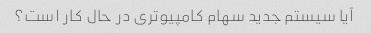
آیا سیستم جدید سهام کامپیوتری در حال کار است؟